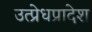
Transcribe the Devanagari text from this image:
उत्प्रेधप्रादेश